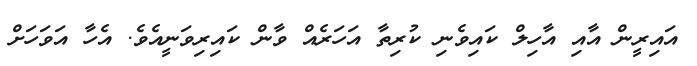
އައިރީން އާއި އާހިލް ކައިވެނި ކުރިތާ އަހަރެއް ވާން ކައިރިވަނީއެވެ. އެހާ އަވަހަށް